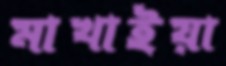
মাখাইয়া